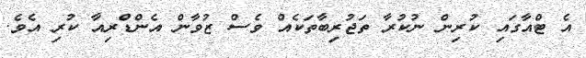
އެ ޓްއާގައި ކުރިން ނުކުރާ ތަޖުރިބާތަކެއް ވެސް ޒުވާން އެންޑްރިއާ ކުރި އެވެ.